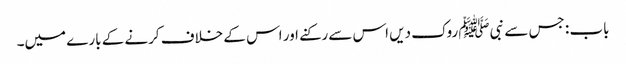
باب : جس سے نبیﷺ روک دیں اس سے رکنے اور اس کے خلاف کرنے کے بارے میں۔